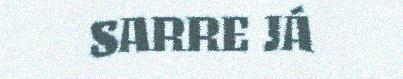
SARRE JÁ